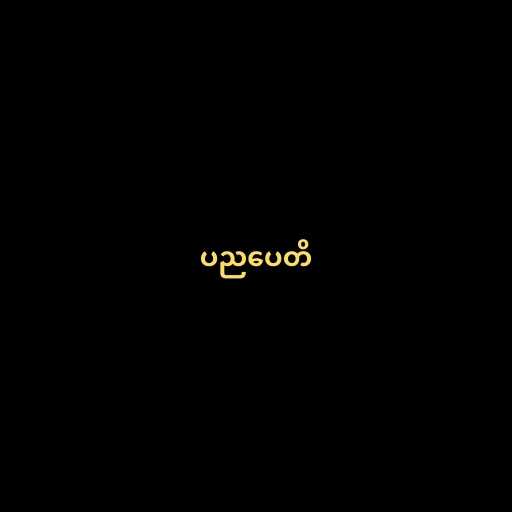
ပညပေတိ